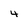
Character: 4